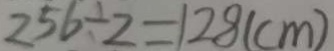
2 5 6 \div 2 = 1 2 8 ( c m )